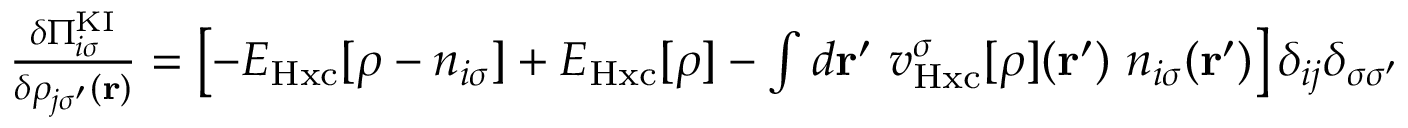
\begin{array} { r } { \frac { \delta \Pi _ { i \sigma } ^ { \mathrm { K I } } } { \delta \rho _ { j \sigma ^ { \prime } } ( \mathbf { r } ) } = \left[ - E _ { \mathrm { H x c } } [ \rho - n _ { i \sigma } ] + E _ { \mathrm { H x c } } [ \rho ] - \int d \mathbf { r ^ { \prime } } \ v _ { \mathrm { H x c } } ^ { \sigma } [ \rho ] ( \mathbf { r } ^ { \prime } ) \ n _ { i \sigma } ( \mathbf { r ^ { \prime } } ) \right] \delta _ { i j } \delta _ { \sigma \sigma ^ { \prime } } } \end{array}